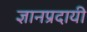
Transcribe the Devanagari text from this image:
ज्ञानप्रदायी